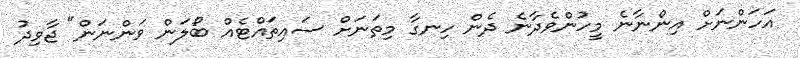
އަހަންނަށް އިންނާނެ މީހުންވެދާނެ ދެން ހިނގާ މިތަނަށް ސައިތައްޓެއް ބޯލަން ވަންނަން" ޖާވިދު